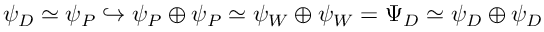
\psi _ { D } \simeq \psi _ { P } \hookrightarrow \psi _ { P } \oplus \psi _ { P } \simeq \psi _ { W } \oplus \psi _ { W } = \Psi _ { D } \simeq \psi _ { D } \oplus \psi _ { D }